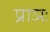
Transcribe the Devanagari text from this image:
प्राञः